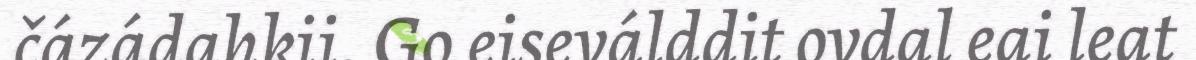
čázádahkii. Go eiseválddit ovdal eai leat